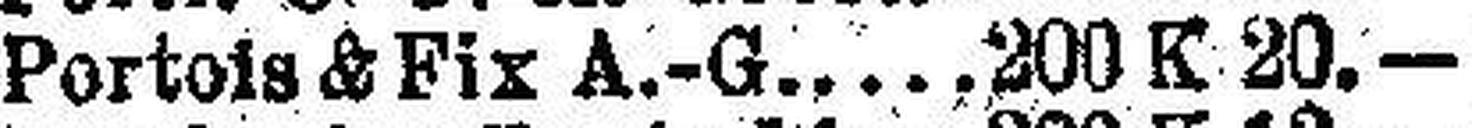
Portois & Fix A.-G. 200 K 20.—